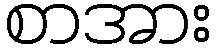
စာအား